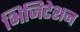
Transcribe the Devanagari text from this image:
भिजिटेशन